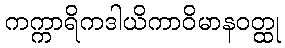
ကက္ကာရိကဒါယိကာဝိမာနဝတ္ထု